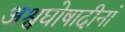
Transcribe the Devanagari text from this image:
अश्वघोषादीनां